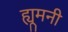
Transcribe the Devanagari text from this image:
ह्यूमनी